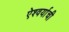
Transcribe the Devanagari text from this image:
ऐश्वर्याची